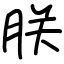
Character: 朕